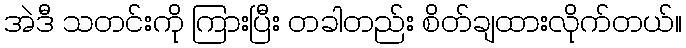
အဲဒီ သတင်းကို ကြားပြီး တခါတည်း စိတ်ချထားလိုက်တယ်။